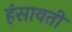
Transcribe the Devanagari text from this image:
हंसावती